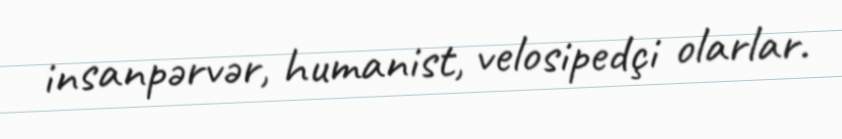
insanpərvər, humanist, velosipedçi olarlar.